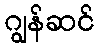
ဂျွန်ဆင်